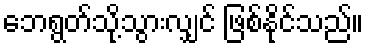
ဘေရွတ်သို့သွားလျှင် ဖြစ်နိုင်သည်။